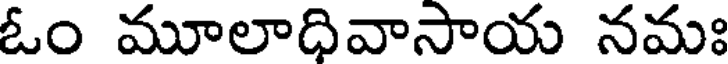
ఓం మూలాధివాసాయ నమః